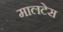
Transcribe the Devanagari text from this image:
मालटेस